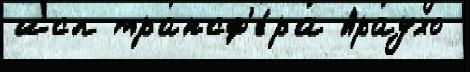
исп трансф'е́ра Араухо